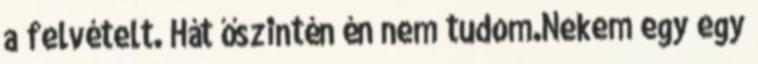
a felvételt. Hát őszintén én nem tudom.Nekem egy egy